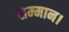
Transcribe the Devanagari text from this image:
सम्‍मान।